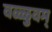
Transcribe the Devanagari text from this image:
वळ्ळुवम्